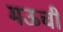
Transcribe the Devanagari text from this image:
मऊची